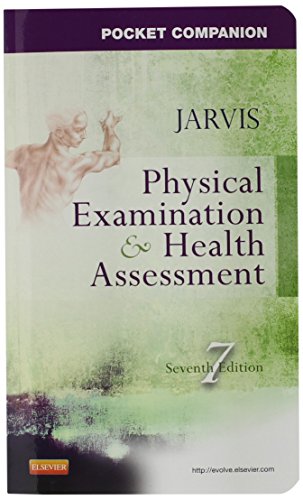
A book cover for Pocket Companion for Physical Examination and Health Assessment, 7e; Carolyn Jarvis PhD  APN  CNP; Medical Books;